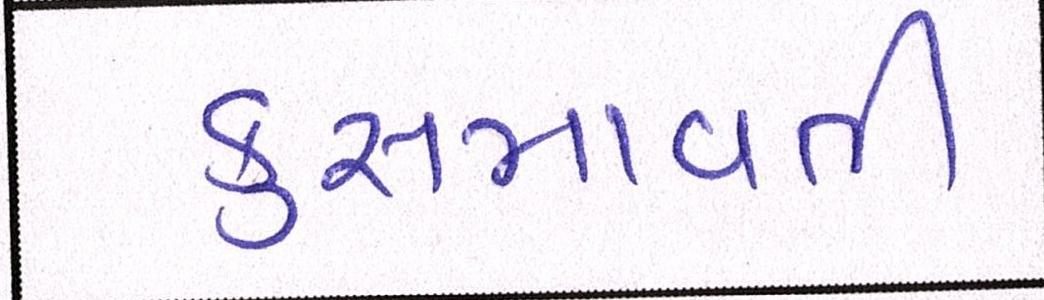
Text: કુસમાવતી